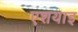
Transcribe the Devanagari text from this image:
एशयाइ